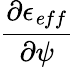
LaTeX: \frac{\partial\epsilon_{\mathit eff}}{\partial\psi}